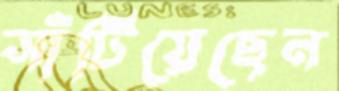
সাঁটিয়েছেন